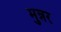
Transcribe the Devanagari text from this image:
मुन्नर